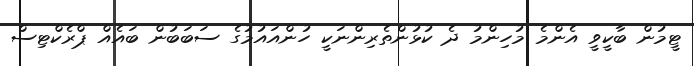
ޓީމުން ބާކީވީ އެންމެ މުހިންމު ދެ ކުޅުންތެރިންނަކީ ހުންއައުމުގެ ސަބަބުން ބައެއް ޕްރެކްޓިސް